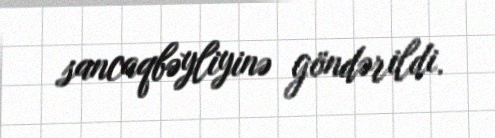
sancaqbəyliyinə göndərildi.